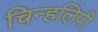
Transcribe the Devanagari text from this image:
चिन्हलिपी